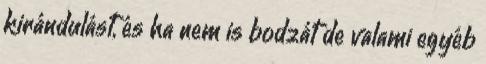
kirándulást, és ha nem is bodzát de valami egyéb